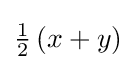
{\textstyle {\frac {1}{2}}\left(x+y\right)}